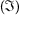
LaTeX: ( { \mathfrak { I } } )